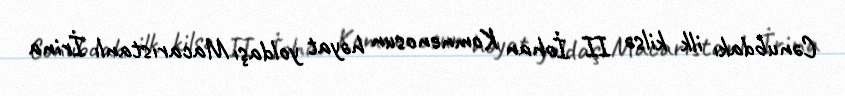
Cənubdakı ilk kilsə II İohan Komnenosun həyat yoldaşı Macarıstanlı İrina